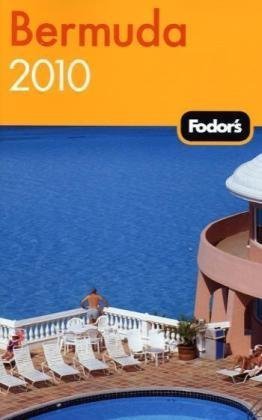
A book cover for Fodor's Bermuda 2010 (Travel Guide); Fodor's; Travel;